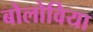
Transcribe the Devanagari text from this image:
बोलोविया